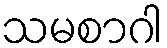
သမစာဂါ